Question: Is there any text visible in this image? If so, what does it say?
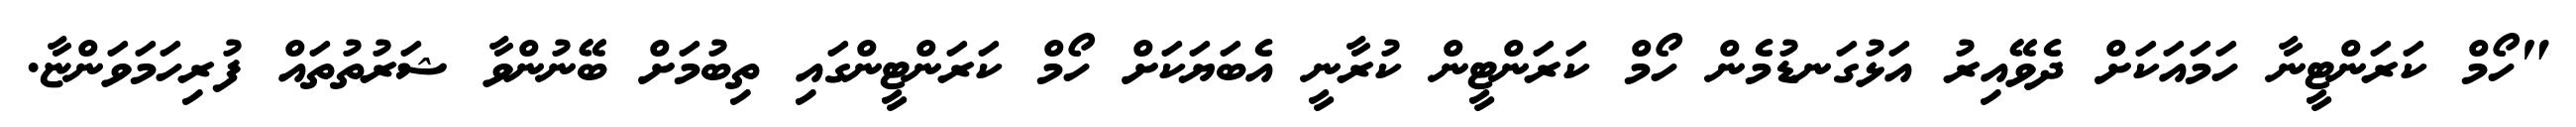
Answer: "ހޯމް ކަރަންޓީނާ ހަމައަކަށް ދެވޭއިރު އަޅުގަނޑުމެން ހޯމް ކަރަންޓީން ކުރާނީ އެބަޔަކަށް ހޯމް ކަރަންޓީންގައި ތިބުމަށް ބޭނުންވާ ޝަރުތުތައް ފުރިހަމަވަންޏާ.